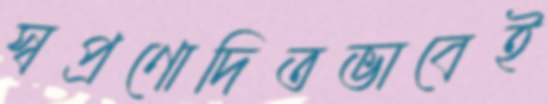
স্বপ্রণোদিতভাবেই